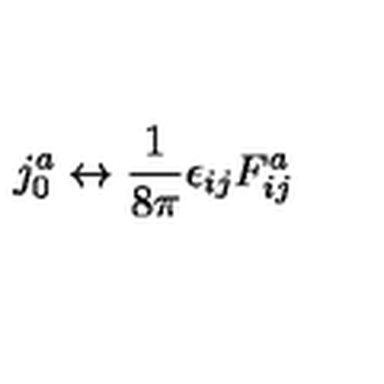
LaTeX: j _ { 0 } ^ { a } \leftrightarrow \frac { 1 } { 8 \pi } \epsilon _ { i j } F _ { i j } ^ { a }